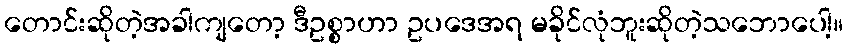
တောင်းဆိုတဲ့အခါကျတော့ ဒီဥစ္စာဟာ ဥပဒေအရ မခိုင်လုံဘူးဆိုတဲ့သဘောပေါ့။